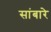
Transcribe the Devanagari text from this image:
सांबारे